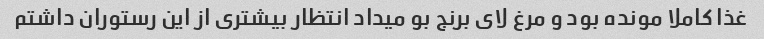
غذا کاملا مونده بود و مرغ لای برنج بو میداد انتظار بیشتری از این رستوران داشتم